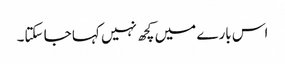
اس بارے میں کچھ نہیں کہا جا سکتا۔